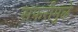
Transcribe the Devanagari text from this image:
सफरीमुळे